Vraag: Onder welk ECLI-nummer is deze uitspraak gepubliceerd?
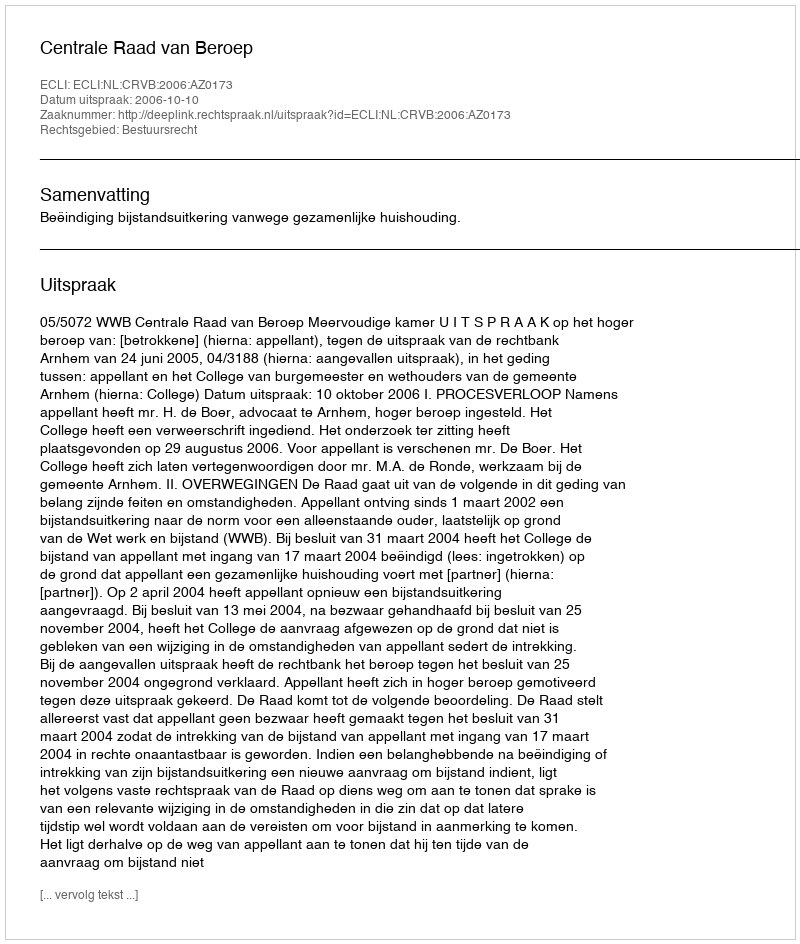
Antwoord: ECLI:NL:CRVB:2006:AZ0173